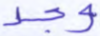
وجد